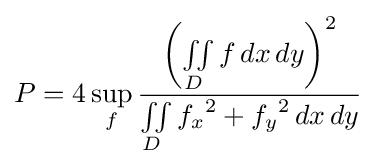
P=4\sup _{f}{\frac {\left(\iint \limits _{D}f\,dx\,dy\right)^{2}}{\iint \limits _{D}{f_{x}}^{2}+{f_{y}}^{2}\,dx\,dy}}